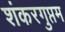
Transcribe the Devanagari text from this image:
शंकरगुप्तम